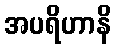
အပရိဟာနိ